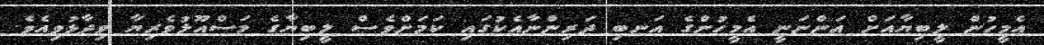
އެމީހުން ލީބިޔާއަށް އަންނަނީ އެމީހުންގެ އަނބި ދަރިންނާއެކުގައި ކަމަށްވެސް ލީބިޔާގެ މަސްއޫލުވެރިޔާ ވިދާޅުވިއެވެ.